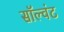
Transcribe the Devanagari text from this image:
सॉल्वंट